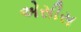
એસીસ